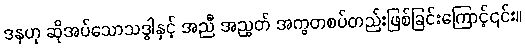
ဒနဟု ဆိုအပ်သောသဒ္ဓါနှင့် အညီ အညွတ် အကွတစပ်တည်းဖြစ်ခြင်းကြောင့်၎င်း။